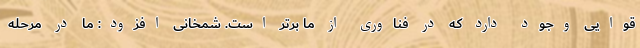
قوایی وجود دارد که در فناوری از ما برتر است. شمخانی افزود: ما در مرحله